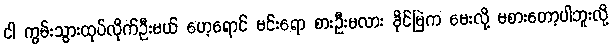
ငါ ကွမ်းသွားထုပ်လိုက်ဦးမယ် ဟေ့ရောင် မင်းရော စားဦးမလား ခိုင်မြဲက မေးလို့ မစားတော့ပါဘူးလို့